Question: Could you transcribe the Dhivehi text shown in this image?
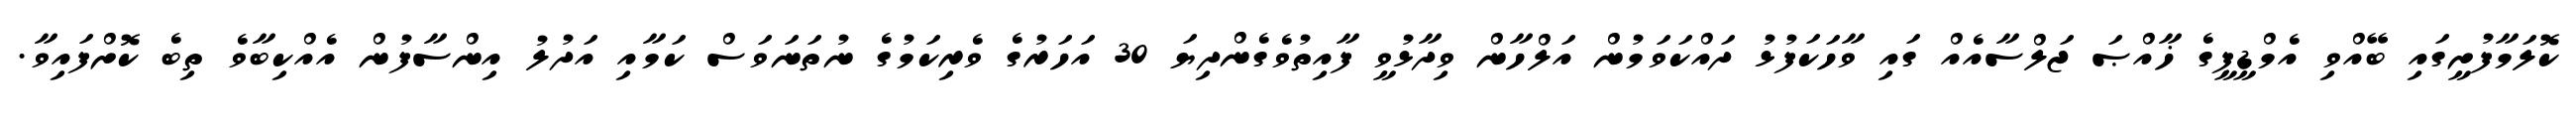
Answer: ކޮލަމާފުށީގައި ބޭއްވި އެމްޑީޕީގެ ޚާއްޞަ ޖަލްސާއެއް ގައި ވާހަކަފުޅު ދައްކަވަމުން އަލްހާން ވިދާޅުވީ ފާއިތުވެގެންދިޔަ 30 އަހަރުގެ ވެރިކަމުގެ ނުތަނަވަސް ކަމާއި އަދުލު އިންސާފުން އެއްކިބާވެ ތިބެ ކޮށްފައިވާ.